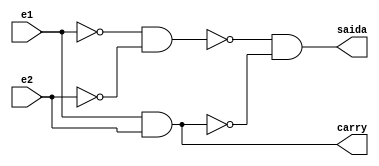
//Nome: Isabella Gonales
//Matrcula: 420120

module metodomeiasomanand ( carry,saida,e1,e2 );

output carry,saida;
input e1,e2;
wire temp1,temp2,temp3,temp4,temp5;

nand NAND1 ( temp1,e1,e1 );
nand NAND2 ( temp2,e2,e2 );
nand NAND3 ( temp3,temp1,temp2 );
nand NAND4 ( temp4,e1,e2 );
nand NAND5 ( carry,temp4 );
nand NAND6 ( temp5,temp3,temp4 );
nand NAND7 ( saida,temp5,temp5 );

endmodule

module testmeiasomanand;
reg e1,e2;
wire carry,s;

metodomeiasomanand meiasoma ( carry,saida,e1,e2 );

initial begin:start
        e1=0; e2=0;
		  
end

initial begin: main
 #1 $display (" Circuito meia-soma com portas NAND ");
 #1 $display (" e1 + e2 = carry  saida ");
    $monitor (" %b  + %b  =  %b   %b ", e1,e2,carry,saida );
   #1  e1=0;  e2=1;
	#1  e1=1;  e2=0;   
	#1  e1=1;  e2=1;
	
end
endmodule



/* Registrando os Resultados

  
     Circuito meia-soma com portas NAND 
     e1 + e2 = s  carry 
     0  + 0  =  0   0 
     0  + 1  =  1   0 
     1  + 0  =  1   0 
     1  + 1  =  0   1 
    
     ----jGRASP: operation complete.
 */